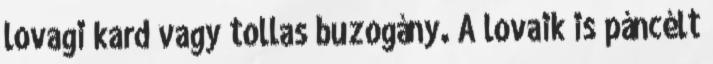
lovagi kard vagy tollas buzogány. A lovaik is páncélt